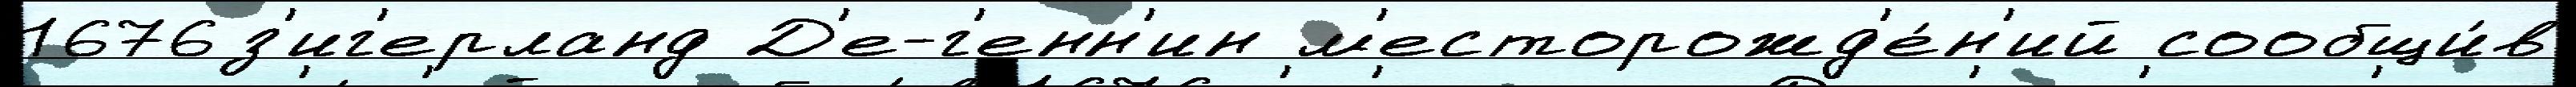
1676з'иг'ерланд Д'е-г'енн'ин м'есторожд'е́н'ий сообщи́в